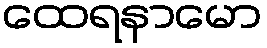
ထေရနာမော